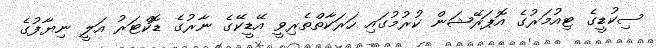
ސިކުޑީގެ ޓިއުމަރުގެ އޮޕަރޭޝަން ކުރުމުގައި ހަރަކާތްތެރިވީ އޭޑީކޭގެ ނާރުގެ ޑޮކްޓަރު އަލީ ނިޔާފުގެ